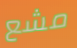
مشع